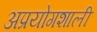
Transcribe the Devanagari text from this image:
अप्रयोगशाली